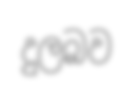
දුලබව